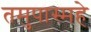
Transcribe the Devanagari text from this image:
तमुपास्महे